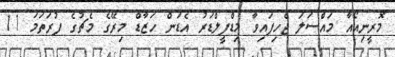
މޮރީނިއޯއާ މައްސަލަ ޖެހިފައިވާ މިޑްފީލްޑަރު އެޑަން ހަޒާޑް މިރޭގެ މެޗުގެ ފުރަތަމަ 11